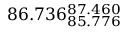
8 6 . 7 3 6 _ { 8 5 . 7 7 6 } ^ { 8 7 . 4 6 0 }